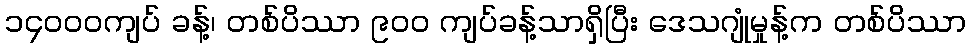
၁၄၀၀၀ကျပ် ခန့်၊ တစ်ပိဿာ ၉၀၀ ကျပ်ခန့်သာရှိပြီး ဒေသဂျုံမှုန့်က တစ်ပိဿာ